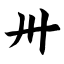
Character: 卅